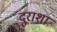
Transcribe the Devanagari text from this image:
दुराशा